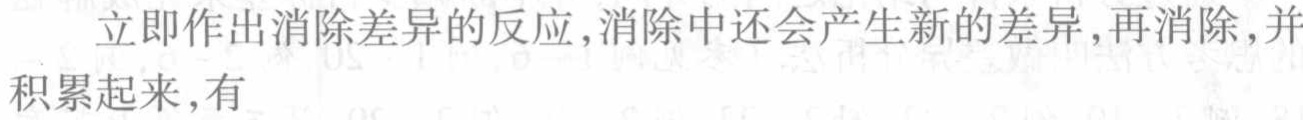
立即作出消除差异的反应,消除中还会产生新的差异,再消除,并积累起来,有